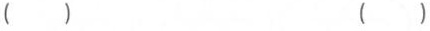
( ) ( )